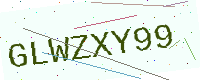
Text: GLWZXY99